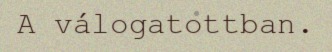
A válogatottban.